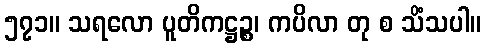
၅၇၁။ သရလော ပူတိကဋ္ဌဉ္စ၊ ကပိလာ တု စ သိံသပါ။